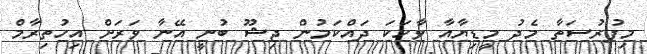
މިފުރުސަތާ މެދު މީޑިޔާއާ ވާހަކަ ދައްކަމުން ޖިޝޫ ބުނީ އޭނާ ވަރަށް އިހުތިރާމް